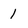
Character: 1